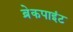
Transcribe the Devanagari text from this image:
ब्रेकपाइंट